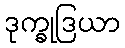
ဒုက္ခုဒြယာ